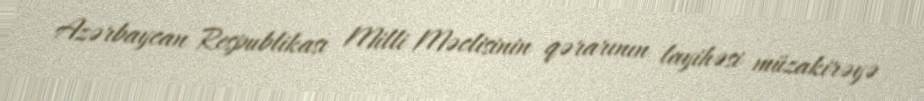
Azərbaycan Respublikası Milli Məclisinin qərarının layihəsi müzakirəyə